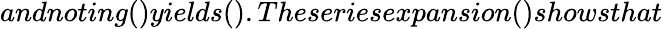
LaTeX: andnoting()yields().Theseriesexpansion()showsthat